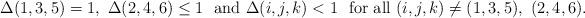
LaTeX: \begin{align*}\Delta(1,3,5)=1 ,\ \Delta(2,4,6)\le 1\ \mbox{ and }\Delta(i,j,k)<1\ \mbox{ for all }(i,j,k)\neq (1,3,5),\ (2,4,6).\end{align*}